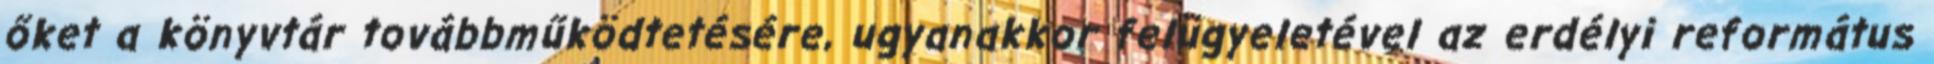
őket a könyvtár továbbműködtetésére, ugyanakkor felügyeletével az erdélyi református